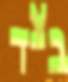
בצד